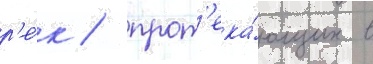
р'е́к / прот'ека́ющих в